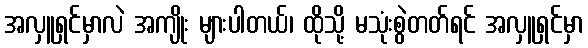
အလှူရှင်မှာလဲ အကျိုး များပါတယ်၊ ထိုသို့ မသုံးစွဲတတ်ရင် အလှူရှင်မှာ